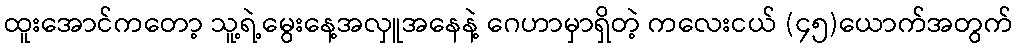
ထူးအောင်ကတော့ သူ့ရဲ့မွေးနေ့အလှူအနေနဲ့ ဂေဟာမှာရှိတဲ့ ကလေးငယ် (၄၅)ယောက်အတွက်